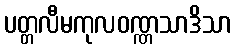
ပတ္တလီမကုလဝဏ္ဏသာဒိသာ